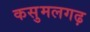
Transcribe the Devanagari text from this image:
कसुमलगढ़